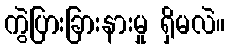
ကွဲပြားခြားနားမှု ရှိမလဲ။